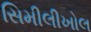
સિમીલીખોલ